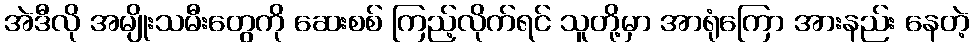
အဲဒီလို အမျိုးသမီးတွေကို ဆေးစစ် ကြည့်လိုက်ရင် သူတို့မှာ အာရုံကြော အားနည်း နေတဲ့